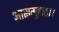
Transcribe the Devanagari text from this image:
आसमुद्रात।।